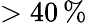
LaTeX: >40\, \%